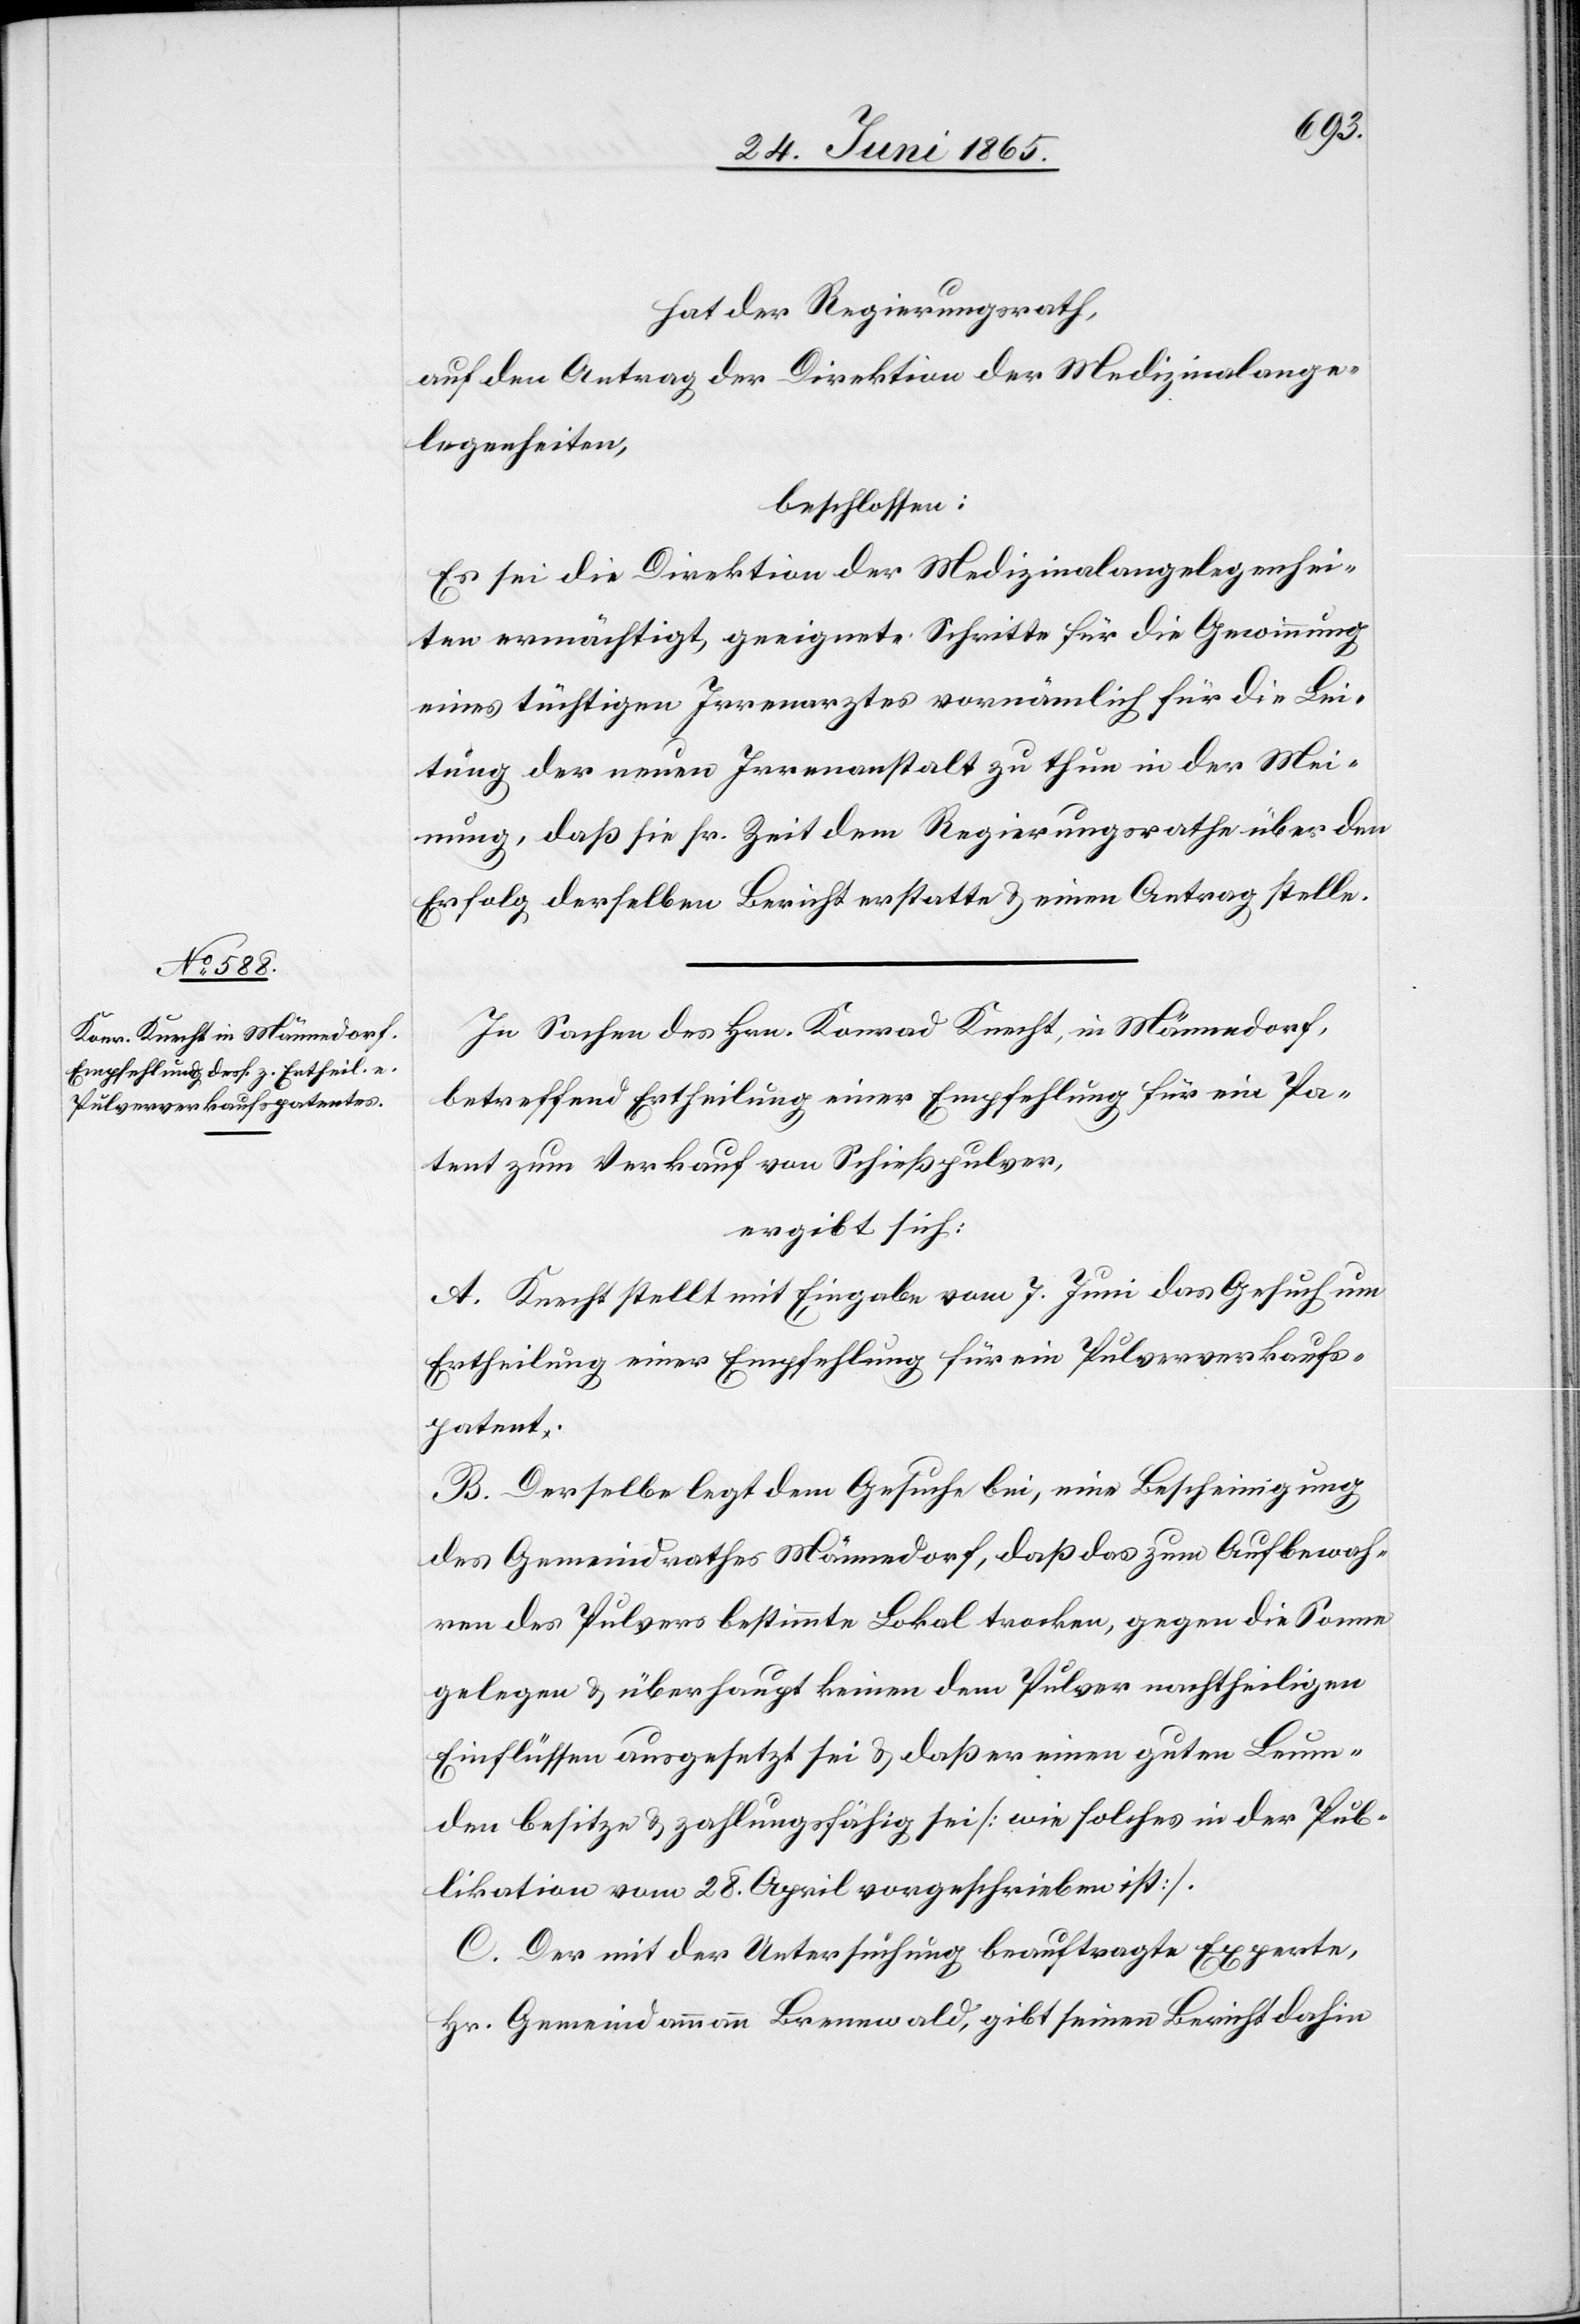
hat der Regierungsrath,
auf den Antrag der Direktion der Medizinalange¬
legenheiten,
beschlossen:
Es sei die Direktion der Medizinalangelegenhei¬
ten ermächtigt, geeignete schritte für die Gewinnung
eines tüchtigen Irrenarztes vornämlich für die Lei¬
tung der neuen Irrenanstalt zu thun in der Mei¬
nung, daß sie sr. Zeit dem Regierungsrathe über den
Erfolg derselben Bericht erstatte & einen Antrag stelle.
In Sachen des Hrn. Konrad Knecht, in Männedorf,
betreffend Ertheilung einer Empfehlung für ein Pa¬
tent zum Verkauf von Schießpulver,
ergibt sich:
A. Knecht stellt mit Eingabe vom 7. Juni das Gesuch um
Ertheilung einer Empfehlung für ein Pulververkaufs¬
patent.
B. Derselbe legt dem Gesuche bei, eine Bescheinigung
des Gemeindrathes Männedorf, daß das zum Aufbewah¬
ren des Pulvers bestimmte Lokal trocken, gegen die Sonne
gelegen & überhaupt keinen dem Pulver nachtheiligen
Einflüssen ausgesetzt sei & daß er einen guten Leum¬
den besitze & zahlungsfähig sei [wie solches in der Pub¬
likation vom 28. April vorgeschrieben ist].
C. Der mit der Untersuchung beauftragte Experte,
Hr. Gemeindammann Brennwald, gibt seinen Bericht dahin